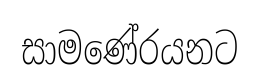
සාමණේරයනට